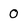
Character: 0